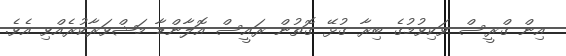
އިން ގްރީސް ވަކިވުމުގެ ބިރާ ގުޅޭ ގޮތުން ރައީސް އޮލާންޑާ މަޝްވަރާކުރެއްވި އެވެ.